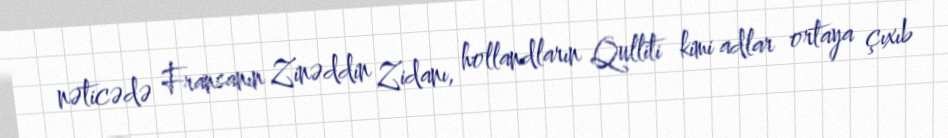
nəticədə Fransanın Zinəddin Zidanı, hollandların Qulliti kimi adlar ortaya çıxıb